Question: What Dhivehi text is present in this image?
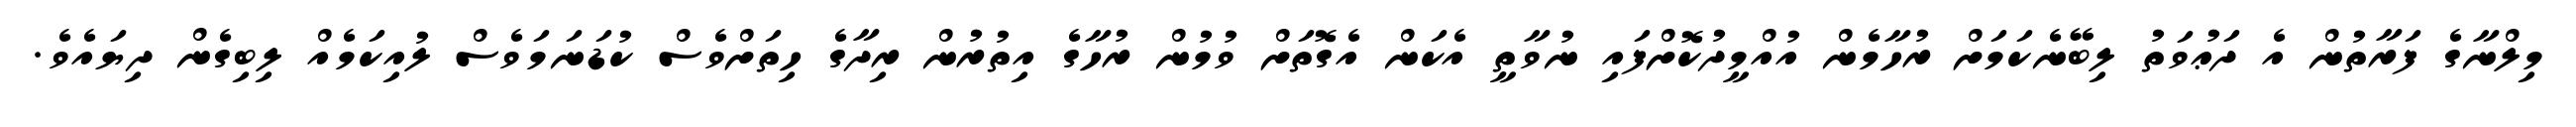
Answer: މިލްނާގެ ފަރާތުން އެ ދަޢުވަތު ލިބޭނެކަމަށް ރުހާމެން އުއްމީދުކޮށްފައި ނުވާތީ އެކަން އެގޮތަށް ވުމުން ރުހާގެ އިތުރުން ރިދާގެ ހިތަށްވެސް ކުޑަނަމަވެސް ލުއިކަމެއް ލިބިގެން ދިޔައެވެ.